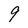
Character: 9